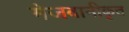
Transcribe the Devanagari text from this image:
मेजबानीकृत